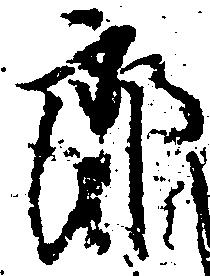
郎